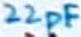
Text: 22pF